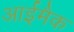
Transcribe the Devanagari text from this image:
आईमैक